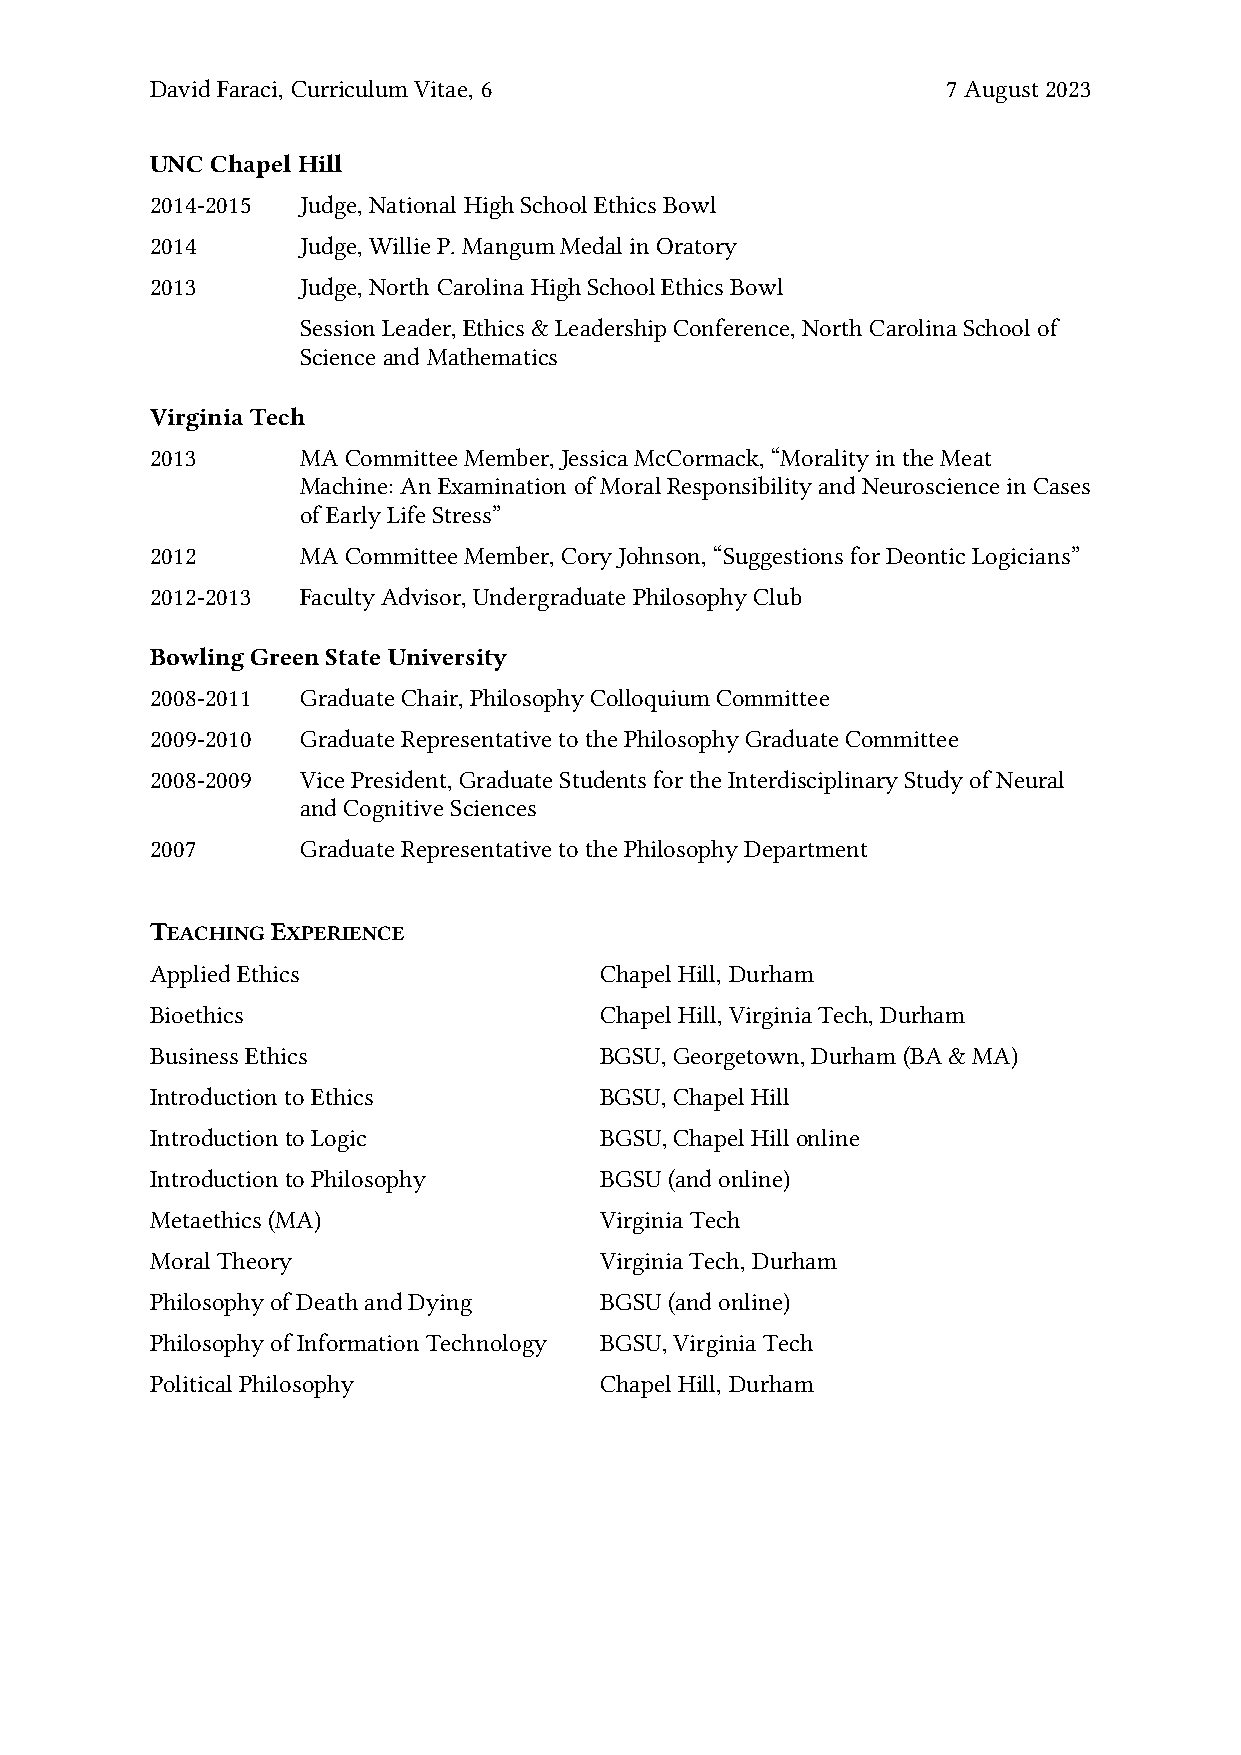
David Faraci, Curriculum Vitae, 6                    7 August 2023
 UNC Chapel Hill
 2014-2015 Judge, National High School Ethics Bowl
 2014      Judge, Willie P. Mangum Medal in Oratory
 2013      Judge, North Carolina High School Ethics Bowl
 Session Leader, Ethics & Leadership Conference, North Carolina School of
 Science and Mathematics
 Virginia Tech
 2013      MA Committee Member, Jessica McCormack, “Morality in the Meat
 Machine: An Examination of Moral Responsibility and Neuroscience in Cases
 of Early Life Stress”
 2012      MA Committee Member, Cory Johnson, “Suggestions for Deontic Logicians”
 2012-2013 Faculty Advisor, Undergraduate Philosophy Club
 Bowling Green State University
 2008-2011 Graduate Chair, Philosophy Colloquium Committee
 2009-2010 Graduate Representative to the Philosophy Graduate Committee
 2008-2009 Vice President, Graduate Students for the Interdisciplinary Study of Neural
 and Cognitive Sciences
 2007      Graduate Representative to the Philosophy Department
 TEACHING EXPERIENCE
 Applied Ethics                Chapel Hill, Durham
 Bioethics                     Chapel Hill, Virginia Tech, Durham
 Business Ethics               BGSU, Georgetown, Durham (BA & MA)
 Introduction to Ethics        BGSU, Chapel Hill
 Introduction to Logic         BGSU, Chapel Hill online
 Introduction to Philosophy    BGSU (and online)
 Metaethics (MA)               Virginia Tech
 Moral Theory                  Virginia Tech, Durham
 Philosophy of Death and Dying BGSU (and online)
 Philosophy of Information Technology BGSU, Virginia Tech
 Political Philosophy          Chapel Hill, Durham